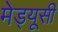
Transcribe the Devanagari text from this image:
मेड्यूसी